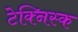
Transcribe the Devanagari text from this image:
टेक्निस्क